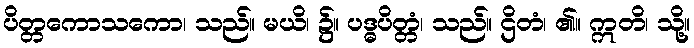
ပိတ္တကောသကော၊ သည်။ မယိ၊ ၌။ ပဒ္ဓပိတ္တံ၊ သည်။ ဌိတံ၊ ၏။ ဣတိ၊ သို့။